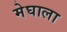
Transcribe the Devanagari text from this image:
मेघाला